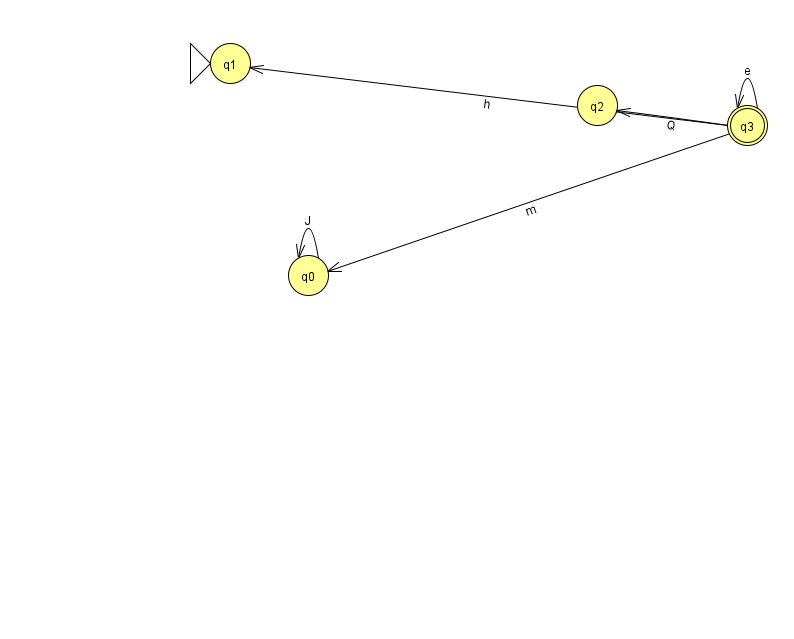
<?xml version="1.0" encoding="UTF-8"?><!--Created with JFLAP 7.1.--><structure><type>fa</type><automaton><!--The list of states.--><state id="0" name="q0"><x>308.0</x><y>262.0</y></state><state id="1" name="q1"><x>230.0</x><y>50.0</y><initial/></state><state id="2" name="q2"><x>597.0</x><y>92.0</y></state><state id="3" name="q3"><x>747.0</x><y>112.0</y><final/></state><!--The list of transitions.--><transition><from>3</from><to>1</to><read>h</read></transition><transition><from>3</from><to>2</to><read>Q</read></transition><transition><from>3</from><to>3</to><read>e</read></transition><transition><from>0</from><to>0</to><read>J</read></transition><transition><from>3</from><to>0</to><read>m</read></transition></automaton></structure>